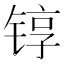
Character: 𬭚